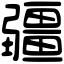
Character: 疆